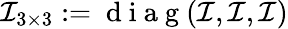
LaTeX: \mathcal{I}_{3\times 3}:=\mathrm{~d~i~a~g~}(\mathcal{I},\mathcal{I},\mathcal{I})